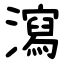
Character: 瀉